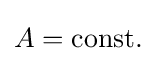
A=\mathrm {const.}